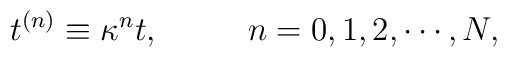
t^{(n)}\equiv\kappa^nt, \ \ \ \ \ \ \ \ n=0,1,2,\cdots,N ,